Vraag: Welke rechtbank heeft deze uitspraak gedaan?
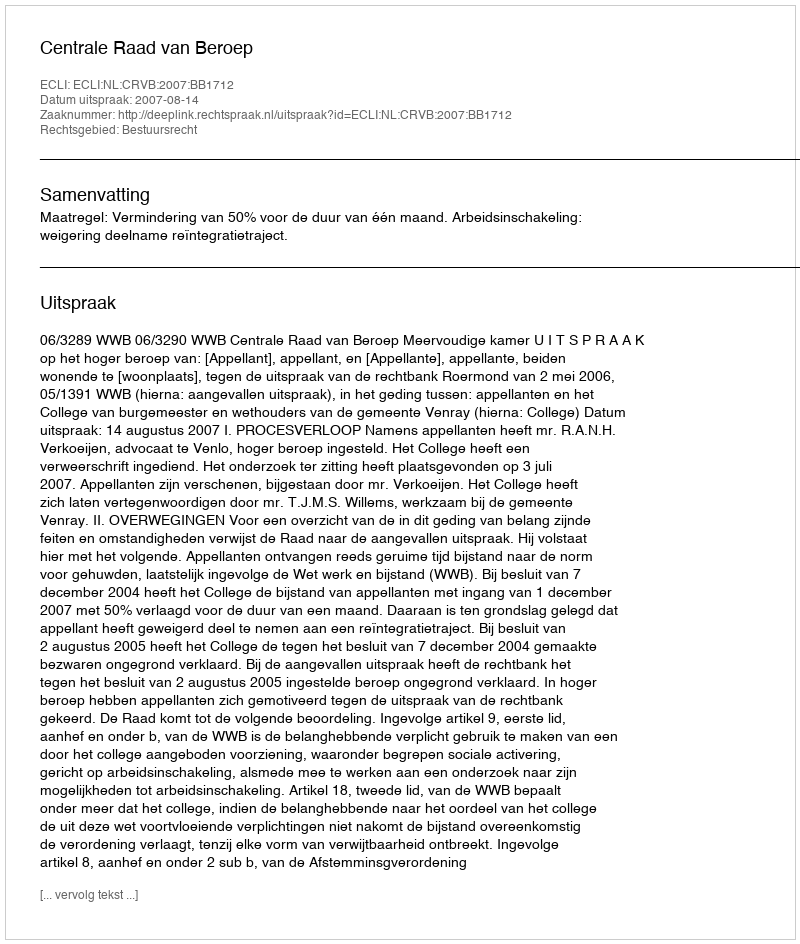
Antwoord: Centrale Raad van Beroep